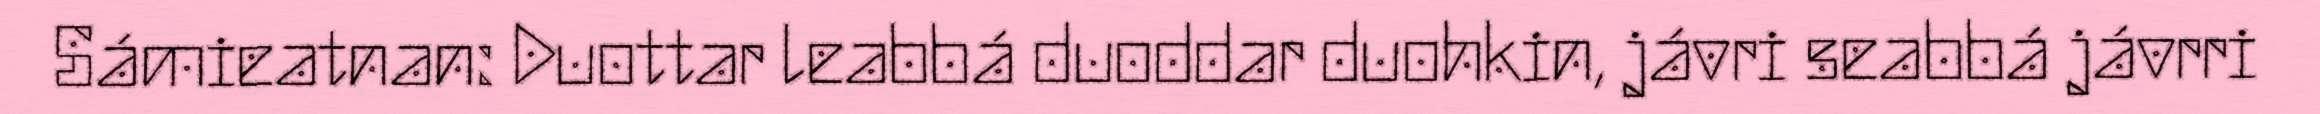
Sámieatnan: Duottar leabbá duoddar duohkin, jávri seabbá jávrri